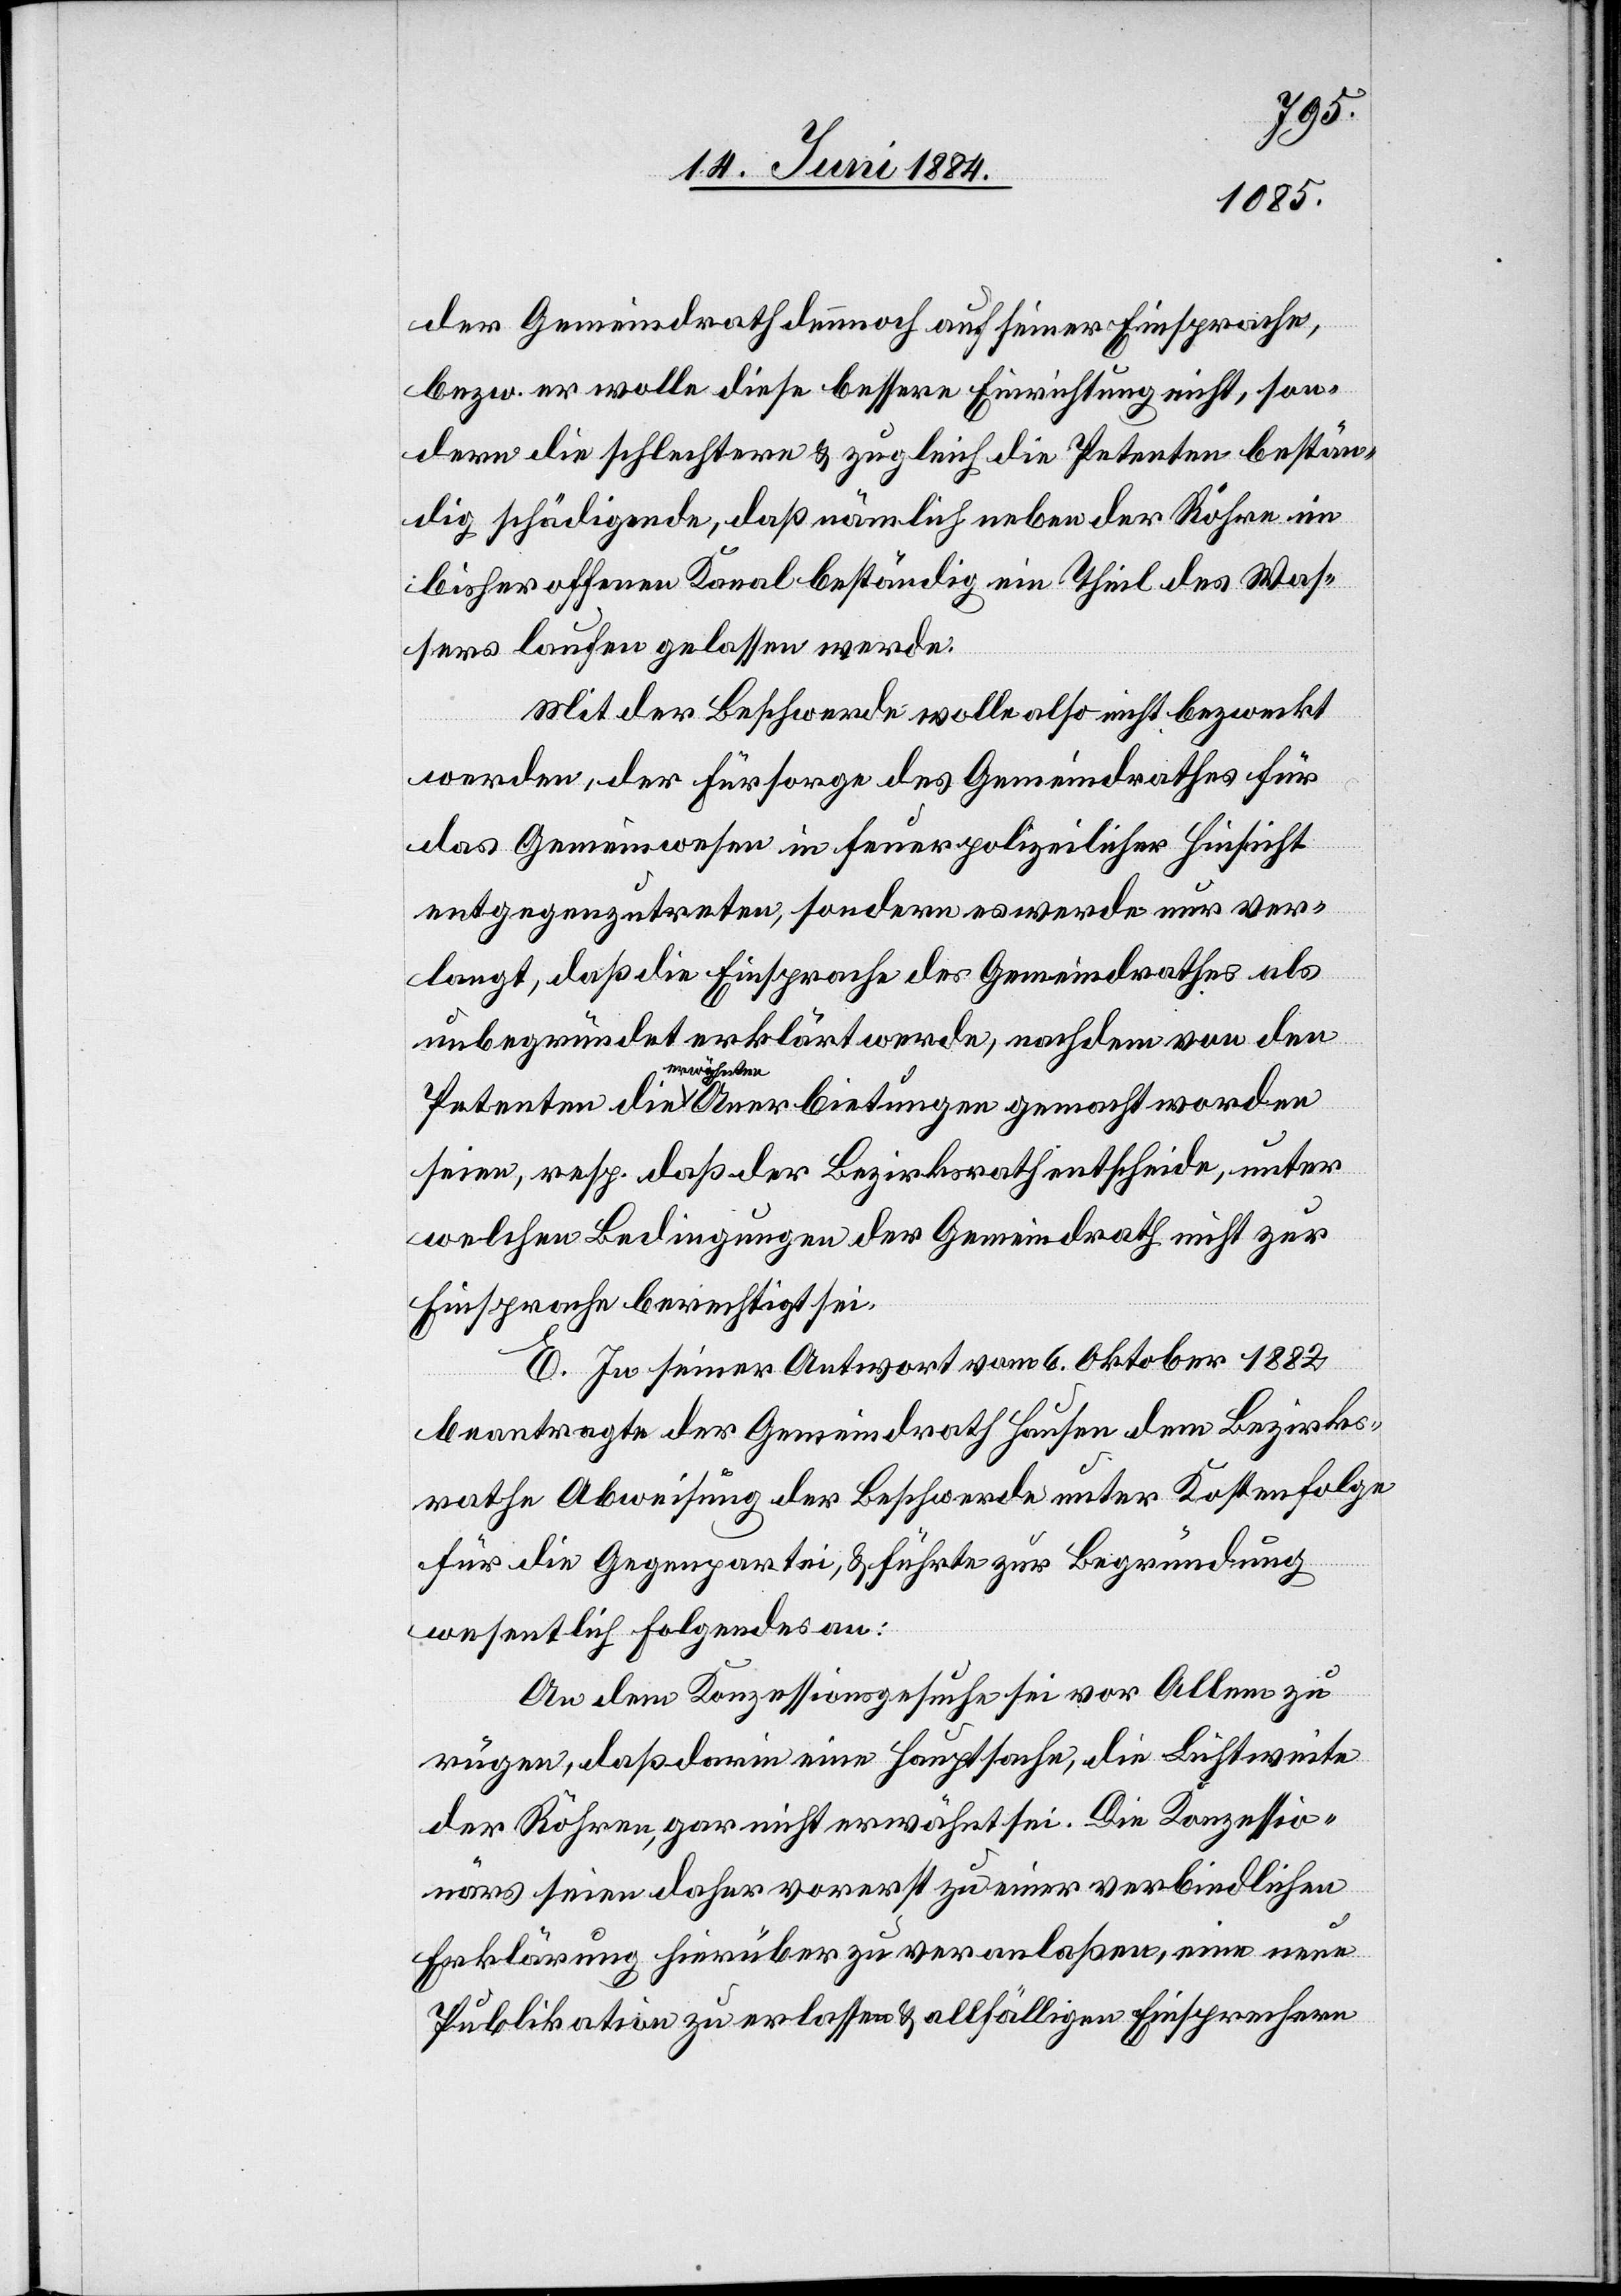
der Gemeindrath dennoch auf seiner Einsprache
bezw. er wolle diese bessere Einrichtung nicht, son¬
dern die schlechtere & zugleich die Petenten bestän¬
dig schädigende, daß nämlich neben der Röhre im
bisher offenen Kanal beständig ein Theil des Was¬
sers laufen gelassen werde.
Mit der Beschwerde wolle also nicht bezweckt
werden, der Fürsorge des Gemeindrathes für
das Gemeinwesen in feuerpolizeilicher Hinsicht
entgegenzutreten, sondern es werde nur ver¬
langt, daß die Einsprache des Gemeindrathes als
unbegründet erklärt werde, nachdem von den
gemacht
worden
seien, resp. daß der Bezirksrath entscheide, unter
welchen Bedingungen der Gemeindrath nicht zur
Einsprache berechtigt sei.
E. In seiner Antwort vom 6. Oktober 1882
beantragte der Gemeindrath Hausen dem Bezirks¬
rathe Abweisung der Beschwerde unter Kostenfolge
für die Gegenpartei, & führte zur Begründung
wesentlich Folgendes an:
An dem Konzessionsgesuche sei vor Allem zu
rügen, daß darin eine Hauptsache, die Lichtweite
der Röhren, gar nicht erwähnt sei. Die Konzessio¬
närs seien daher vorerst zu einer verbindlichen
Erklärung hierüber zu veranlaßen, eine neue
Publikation zu erlassen & allfälligen Einsprachen